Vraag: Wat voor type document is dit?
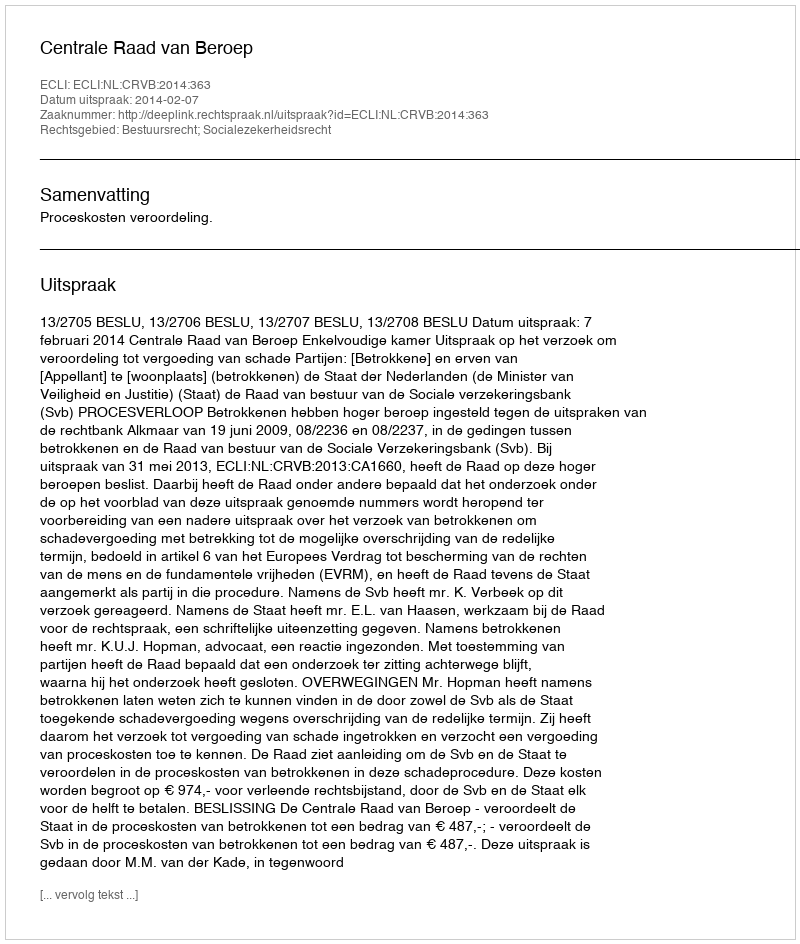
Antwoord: Uitspraak